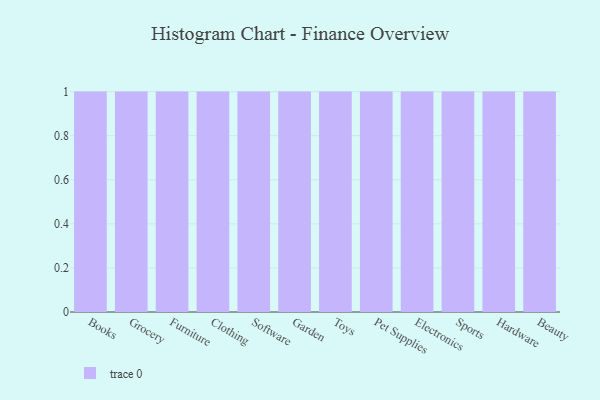
{"axis": {"x": "Category", "y": "Waste Production (Tons)"}, "legend": [""], "data": [{"x": "Books", "y": 92, "type": ""}, {"x": "Grocery", "y": 3, "type": ""}, {"x": "Furniture", "y": 7, "type": ""}, {"x": "Clothing", "y": 51, "type": ""}, {"x": "Software", "y": 87, "type": ""}, {"x": "Garden", "y": 83, "type": ""}, {"x": "Toys", "y": 38, "type": ""}, {"x": "Pet Supplies", "y": 71, "type": ""}, {"x": "Electronics", "y": 85, "type": ""}, {"x": "Sports", "y": 79, "type": ""}, {"x": "Hardware", "y": 18, "type": ""}, {"x": "Beauty", "y": 58, "type": ""}]}